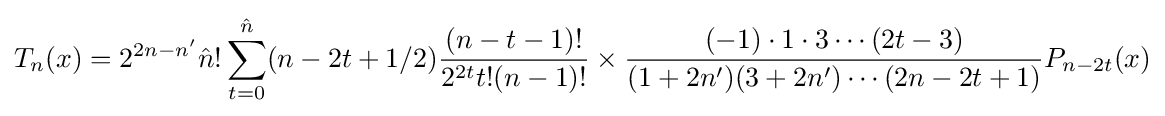
T_{n}(x)=2^{2n-n'}{\hat {n}}!\sum _{t=0}^{\hat {n}}(n-2t+1/2){\frac {(n-t-1)!}{2^{2t}t!(n-1)!}}\times {\frac {(-1)\cdot 1\cdot 3\cdots (2t-3)}{(1+2n')(3+2n')\cdots (2n-2t+1)}}P_{n-2t}(x)